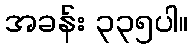
အခန်း ၃၃၅ပါ။